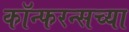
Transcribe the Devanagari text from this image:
कॉन्फरन्सच्या